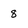
Character: 8